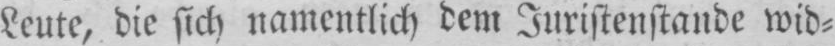
Leute, die sich namentlich dem Juristenstande wid⸗